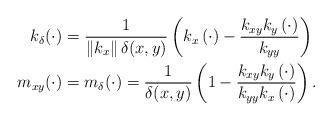
LaTeX: \begin{align*}k_{\delta}(\cdot) & =\frac{1}{\left\Vert k_{x}\right\Vert \delta(x,y)}\left( k_{x}\left( \cdot\right) -\frac{k_{xy}k_{y}\left(\cdot\right) }{k_{yy}}\right) \\m_{xy}(\cdot) & =m_{\delta}(\cdot)=\frac{1}{\delta(x,y)}\left(1-\frac{k_{xy}k_{y}\left( \cdot\right) }{k_{yy}k_{x}\left( \cdot\right)}\right) . \end{align*}